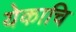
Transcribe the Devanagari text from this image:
येकाचि